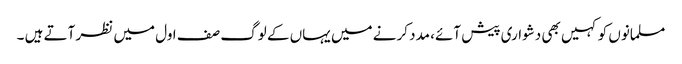
مسلمانوں کو کہیں بھی دشواری پیش آئے، مدد کرنے میں یہاں کے لوگ صف اول میں نظر آتے ہیں ۔